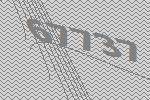
67737